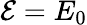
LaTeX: {\mathcal E}=E_{0}